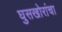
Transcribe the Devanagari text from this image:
घुसखोरांचा